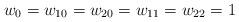
LaTeX: \begin{align*} w_0=w_{10}=w_{20}=w_{11}=w_{22}=1 \end{align*}